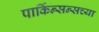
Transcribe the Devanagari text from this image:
पार्किन्सन्सच्या